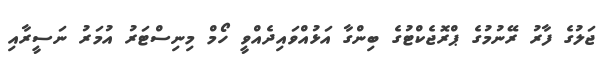
ޖަލުގެ ފާރު ރޭނުމުގެ ޕްރޮޖެކްޓުގެ ބިންގާ އަޅުއްވައިދެއްވީ ހޯމް މިނިސްޓަރު އުމަރު ނަސީރާއި